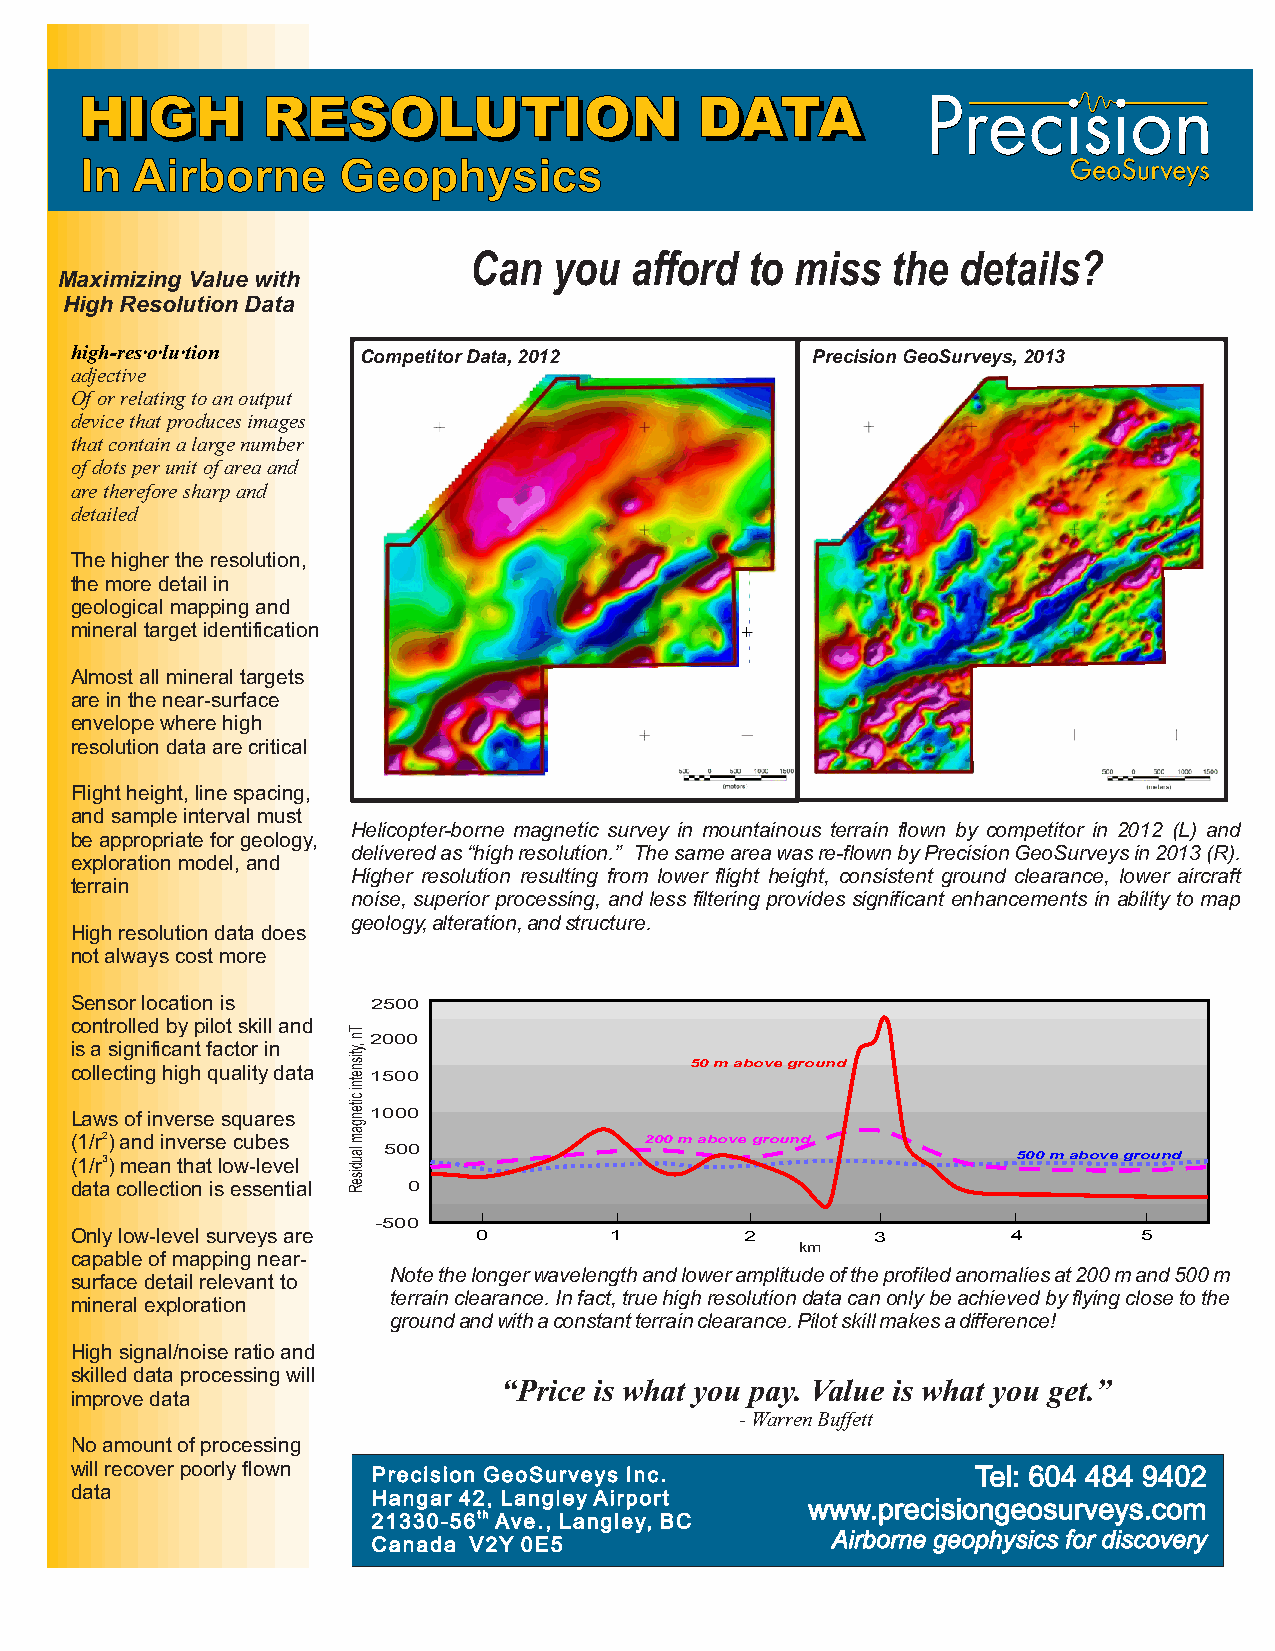
HHIIGGHH    RREESSOOLLUUTTIIOONN         DDAATTAA
 In  Airborne     Geophysics
 Can   you  afford  to miss  the  details?
 Maximizing Value with
 High Resolution Data
 high-res·o·lu·tion Competitor Data, 2012         Precision GeoSurveys, 2013
 adjective
 Of or relating to an output
 device that produces images
 that contain a large number
 of dots per unit of area and
 are therefore sharp and
 detailed
 The higher the resolution,
 the more detail in
 geological mapping and
 mineral target identification
 Almost all mineral targets
 are in the near-surface
 envelope where high
 resolution data are critical
 Flight height, line spacing,
 and sample interval must
 Helicopter-borne magnetic survey in mountainous terrain flown by competitor in 2012 (L) and
 be appropriate for geology,
 delivered as “high resolution.” The same area was re-flown by Precision GeoSurveys in 2013 (R).
 exploration model, and
 Higher resolution resulting from lower flight height, consistent ground clearance, lower aircraft
 terrain
 noise, superior processing, and less filtering provides significant enhancements in ability to map
 geology, alteration, and structure.
 High resolution data does
 not always cost more
 Sensor location is  2500
 controlled by pilot skill and
 2000
 is a significant factor in
 collecting high quality data             50 m above ground
 1500
 Laws of inverse squares 1000
 (1/r2) and inverse cubes              200 m above ground
 500 (1/r3) mean that low-level            500 m above ground
 data collection is essential 0
 -500
 Only low-level surveys are 0       1        2        3        4        5
 km
 capable of mapping near-
 Note the longer wavelength and lower amplitude of the profiled anomalies at 200 m and 500 m
 surface detail relevant to
 terrain clearance. In fact, true high resolution data can only be achieved by flying close to the
 mineral exploration
 ground and with a constant terrain clearance. Pilot skill makes a difference!
 High signal/noise ratio and
 skilled data processing will
 “Price is what you pay. Value is what you get.”
 improve data
 - Warren Buffett
 No amount of processing
 will recover poorly flown Precision GeoSurveys Inc.         Tel: 604 484 9402
 data
 Hangar 42, Langley Airport
 www.precisiongeosurveys.com
 21330-56th Ave., Langley, BC
 Airborne geophysics for discovery
 Canada V2Y 0E5
 Tn
 ,ytisnetni
 citengam
 laudiseR